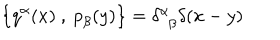
LaTeX: \left\{ q ^ { \alpha } ( x ) ~ , ~ { p } _ { \beta } ( y ) \right\} = \delta _ { \hphantom { \alpha } \beta } ^ { \alpha } \delta ( x - y )